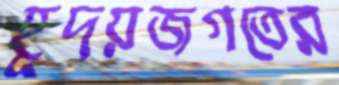
হূদয়জগতের